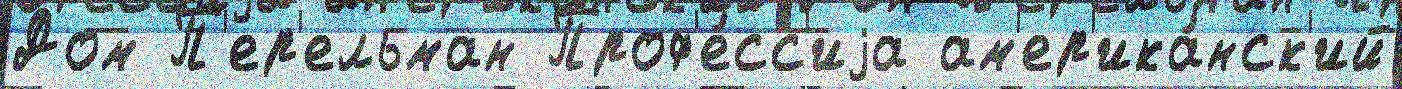
Дом П'ер'ельман Проф'е́сс'иjа ам'ер'ика́нск'ий